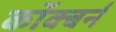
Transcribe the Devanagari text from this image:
कॉक्बर्न